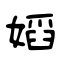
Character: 嫍